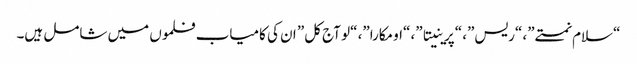
“سلام نمستے”، “ریس”، “پرینیتا”، “اومکارا”، “لو آج کل” ان کی کامیاب فلموں میں شامل ہیں۔